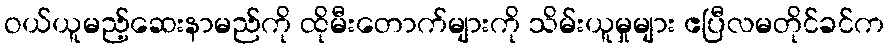
ဝယ်ယူမည့်ဆေးနာမည်ကို ထိုမီးတောက်များကို သိမ်းယူမှုများ ဧပြီလမတိုင်ခင်က